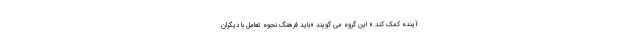
آینده کمک کند.» این گروه می گویند «باید فرهنگ نحوه تعامل با دیگران